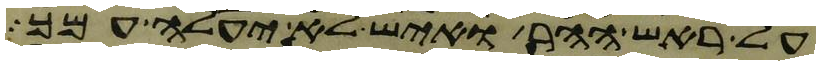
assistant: על ראש ההר ואיש לא יעלה עמך